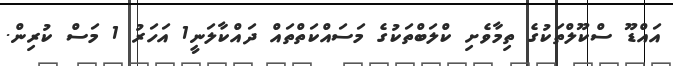
އައްޑޫ ސްކޫލްތަކުގެ ތިމާވެށި ކްލަބްތަކުގެ މަސައްކަތްތައް ދައްކާލަނީ1 އަހަރު 1 މަސް ކުރިން.